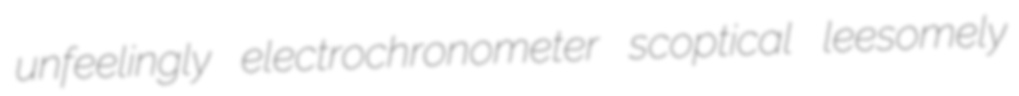
unfeelingly electrochronometer scoptical leesomely